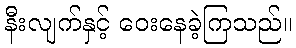
နီးလျက်နှင့် ဝေးနေခဲ့ကြသည်။